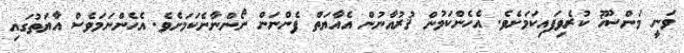
ވަނީ މަންސޫޚު ކުރެވިފައިކަމަށެވެ. އެހެންކަމުން ޤުރުއާނުން އެއާޔަތް ފެންނަން ނޯންނާނެކަމަށެވެ. އެހެންނަމަވެސް އާޔަތުގައި